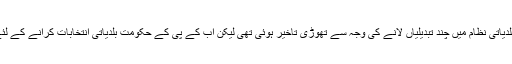
انہوں نے کہا کہ بلدیاتی نظام میں چند تبدیلیاں لانے کی وجہ سے تھوڑی تاخیر ہوئی تھی لیکن اب کے پی کے حکومت بلدیاتی انتخابات کرانے کے لئے بالکل تیار ہے ۔